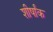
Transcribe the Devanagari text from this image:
शीर्षांक